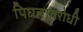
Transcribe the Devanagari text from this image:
पिघलावरोधी